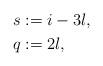
LaTeX: \begin{align*}s & := i - 3l,\\q & := 2 l,\\\end{align*}